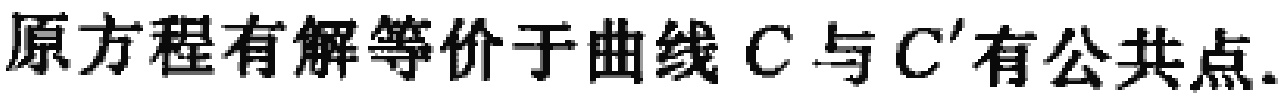
原方程有解等价于曲线 \(C\) 与 \(C'\) 有公共点.